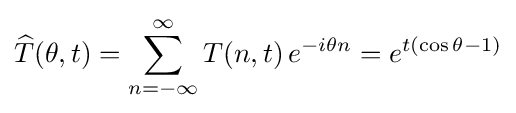
{\widehat {T}}(\theta ,t)=\sum _{n=-\infty }^{\infty }T(n,t)\,e^{-i\theta n}=e^{t(\cos \theta -1)}